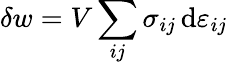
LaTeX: \delta w=V\sum_{ij}\sigma_{ij}\, \mathrm{d}\varepsilon_{ij}